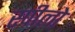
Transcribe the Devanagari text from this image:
स्पीलो